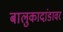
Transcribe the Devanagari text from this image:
बालुकादांडावर